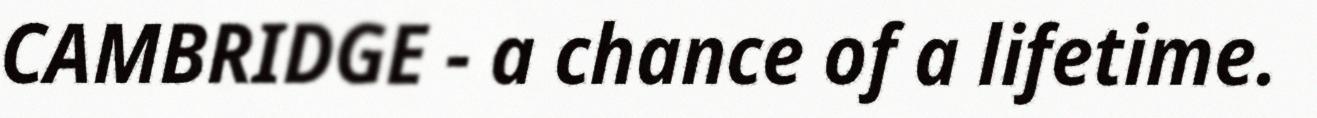
CAMBRIDGE - a chance of a lifetime.